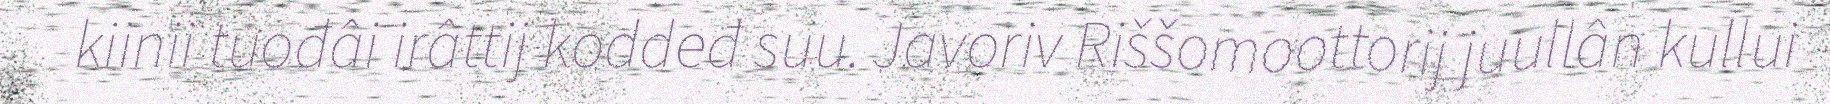
kiinii tuođâi irâttij koddeđ suu. Javoriv Riššomoottorij juullân kullui